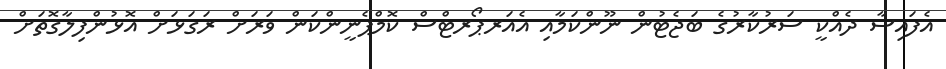
އެފައިސާ ދެއްކީ ސަރުކާރުގެ ބަޖެޓުން ނޫންކަމާއި އެއަރޕޯރޓްސް ކޮމްޕެނީންކަން ވަރަށް ރަގަޅަށް އޮޅުންފިލާގޮތަށް